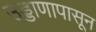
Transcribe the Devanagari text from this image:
उड्डाणापासून